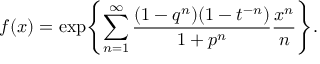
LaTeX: f ( x ) = \exp \Biggl \{ \sum _ { n = 1 } ^ { \infty } { \frac { ( 1 - q ^ { n } ) ( 1 - t ^ { - n } ) } { 1 + p ^ { n } } } { \frac { x ^ { n } } { n } } \Biggr \} .